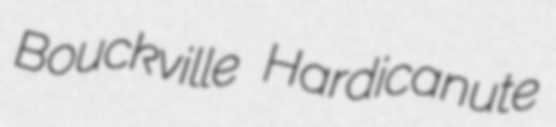
Bouckville Hardicanute